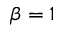
\beta = 1